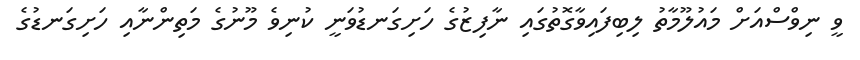
ވީ ނިވްސްއަށް މައުލޫމާތު ލިބިފައިވާގޮތުގައި ނާފިޒުގެ ހަށިގަނޑުވަނީ ކުނިވެ މޫނުގެ މަތިންނާއި ހަށިގަނޑުގެ